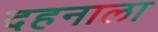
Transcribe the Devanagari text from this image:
दहनाला